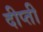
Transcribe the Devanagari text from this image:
दीप्‍ती